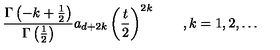
\frac { \Gamma \left( - k + \frac 1 2 \right) } { \Gamma \left( \frac 1 2 \right) } a _ { d + 2 k } \left( \frac t 2 \right) ^ { 2 k } \qquad , k = 1 , 2 , \ldots